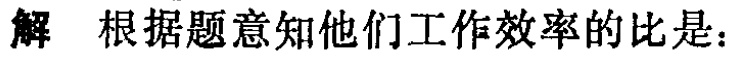
解 根据题意知他们工作效率的比是：